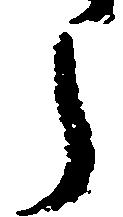
う